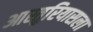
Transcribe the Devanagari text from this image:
आस्तुरियासला